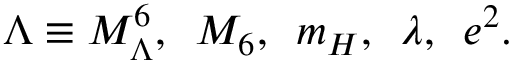
\Lambda \equiv M _ { \Lambda } ^ { 6 } , \, \, \, M _ { 6 } , \, \, \, m _ { H } , \, \, \, \lambda , \, \, \, e ^ { 2 } .